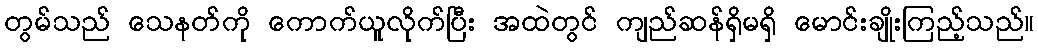
တွမ်သည် သေနတ်ကို ကောက်ယူလိုက်ပြီး အထဲတွင် ကျည်ဆန်ရှိမရှိ မောင်းချိုးကြည့်သည်။